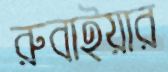
রুবাইয়ার